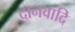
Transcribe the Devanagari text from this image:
दानवादि